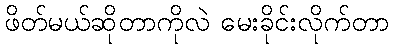
ဖိတ်မယ်ဆိုတာကိုလဲ မေးခိုင်းလိုက်တာ